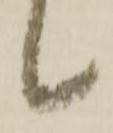
候